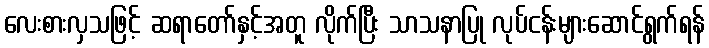
လေးစားလှသဖြင့် ဆရာတော်နှင့်အတူ လိုက်ပြီး သာသနာပြု လုပ်ငန်းများဆောင်ရွက်ရန်